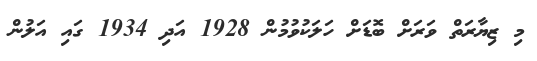
މި ޒިޔާރަތް ވަރަށް ބޮޑަށް ހަލަކުވުމުން 1928 އަދި 1934 ގައި އަލުން